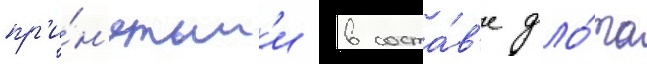
пр'и́н'ятым'и в соста́в'е фло́та